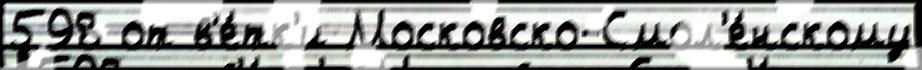
598 от в'е́тк'и Московско-Смол'е́нскому